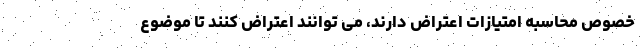
خصوص محاسبه امتیازات اعتراض دارند، می توانند اعتراض کنند تا موضوع